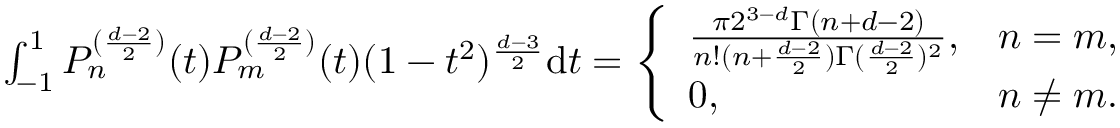
\begin{array} { r } { \int _ { - 1 } ^ { 1 } P _ { n } ^ { ( \frac { d - 2 } { 2 } ) } ( t ) P _ { m } ^ { ( \frac { d - 2 } { 2 } ) } ( t ) ( 1 - t ^ { 2 } ) ^ { \frac { d - 3 } { 2 } } \mathrm { d } t = \left\{ \begin{array} { l l } { \frac { \pi 2 ^ { 3 - d } \Gamma ( n + d - 2 ) } { n ! ( n + \frac { d - 2 } { 2 } ) \Gamma ( \frac { d - 2 } { 2 } ) ^ { 2 } } , } & { n = m , } \\ { 0 , } & { n \ne m . } \end{array} \right. } \end{array}